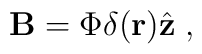
{\bf B}=\Phi \delta ({\bf r}){\hat{{\bf z}}\;,}